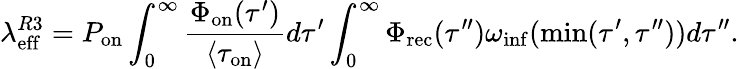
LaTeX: \lambda_{\mathrm{eff}}^{R3}=P_{\mathrm{on}}\int_{0}^{\infty}\frac{\Phi_{\mathrm{on}}(\tau^{\prime})}{\langle\tau_{\mathrm{on}}\rangle}d\tau^{\prime}\int_{0}^{\infty}\Phi_{\mathrm{rec}}(\tau^{\prime\prime})\omega_{\mathrm{inf}}(\operatorname*{min}(\tau^{\prime},\tau^{\prime\prime}))d\tau^{\prime\prime}.